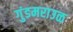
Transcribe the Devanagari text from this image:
गुंडमराउळ